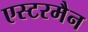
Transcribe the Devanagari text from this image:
एस्टरमैन